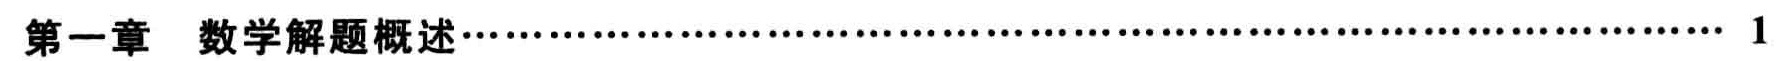
\chapter{数学解题概述} \hfill 1